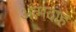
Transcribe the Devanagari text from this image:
अत्मदाह